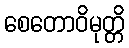
စေတောဝိမုတ္တိ